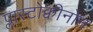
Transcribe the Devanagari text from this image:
प्लास्टोक्वीनोन